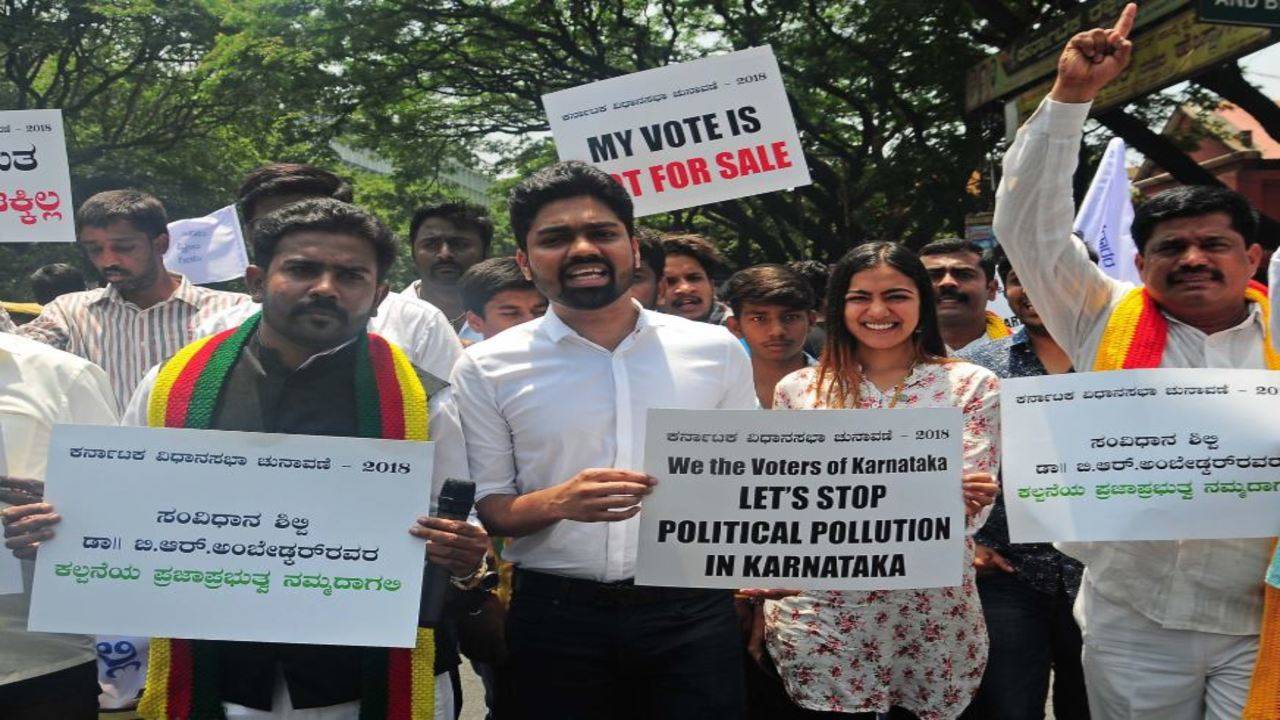
Language: kannada
Transcription: ಶಿಲ್ಪಿ ಪ್ರಜಾಪ್ರಭುತ್ವ ಡಾ!! ಸಂವಿಧಾನ ಬಿ.ಆರ್.ಅಂಬೇಡ್ಕರ್ ರವರ ಕಲ್ಪನೆಯ ನಮ್ಮದಾಗಲಿ